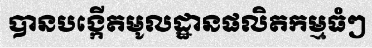
បានបង្កើតមូលដ្ឋានផលិតកម្មធំៗ